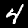
Label: 4